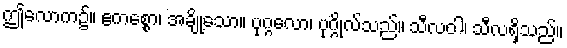
ဤလောက၌။ ဧကစ္စော၊ အချို့သော။ ပုဂ္ဂလော၊ ပုဂ္ဂိုလ်သည်။ သီလဝါ၊ သီလရှိသည်။